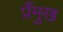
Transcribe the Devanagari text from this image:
प्रँमुख